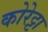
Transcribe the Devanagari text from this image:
कोरेट्टा